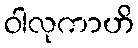
ဝါလုကာဟိ